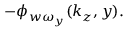
- \phi _ { w \omega _ { y } } ( k _ { z } , y ) .